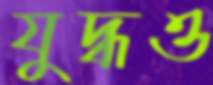
যুদ্ধও